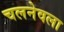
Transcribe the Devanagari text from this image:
चलनेवला